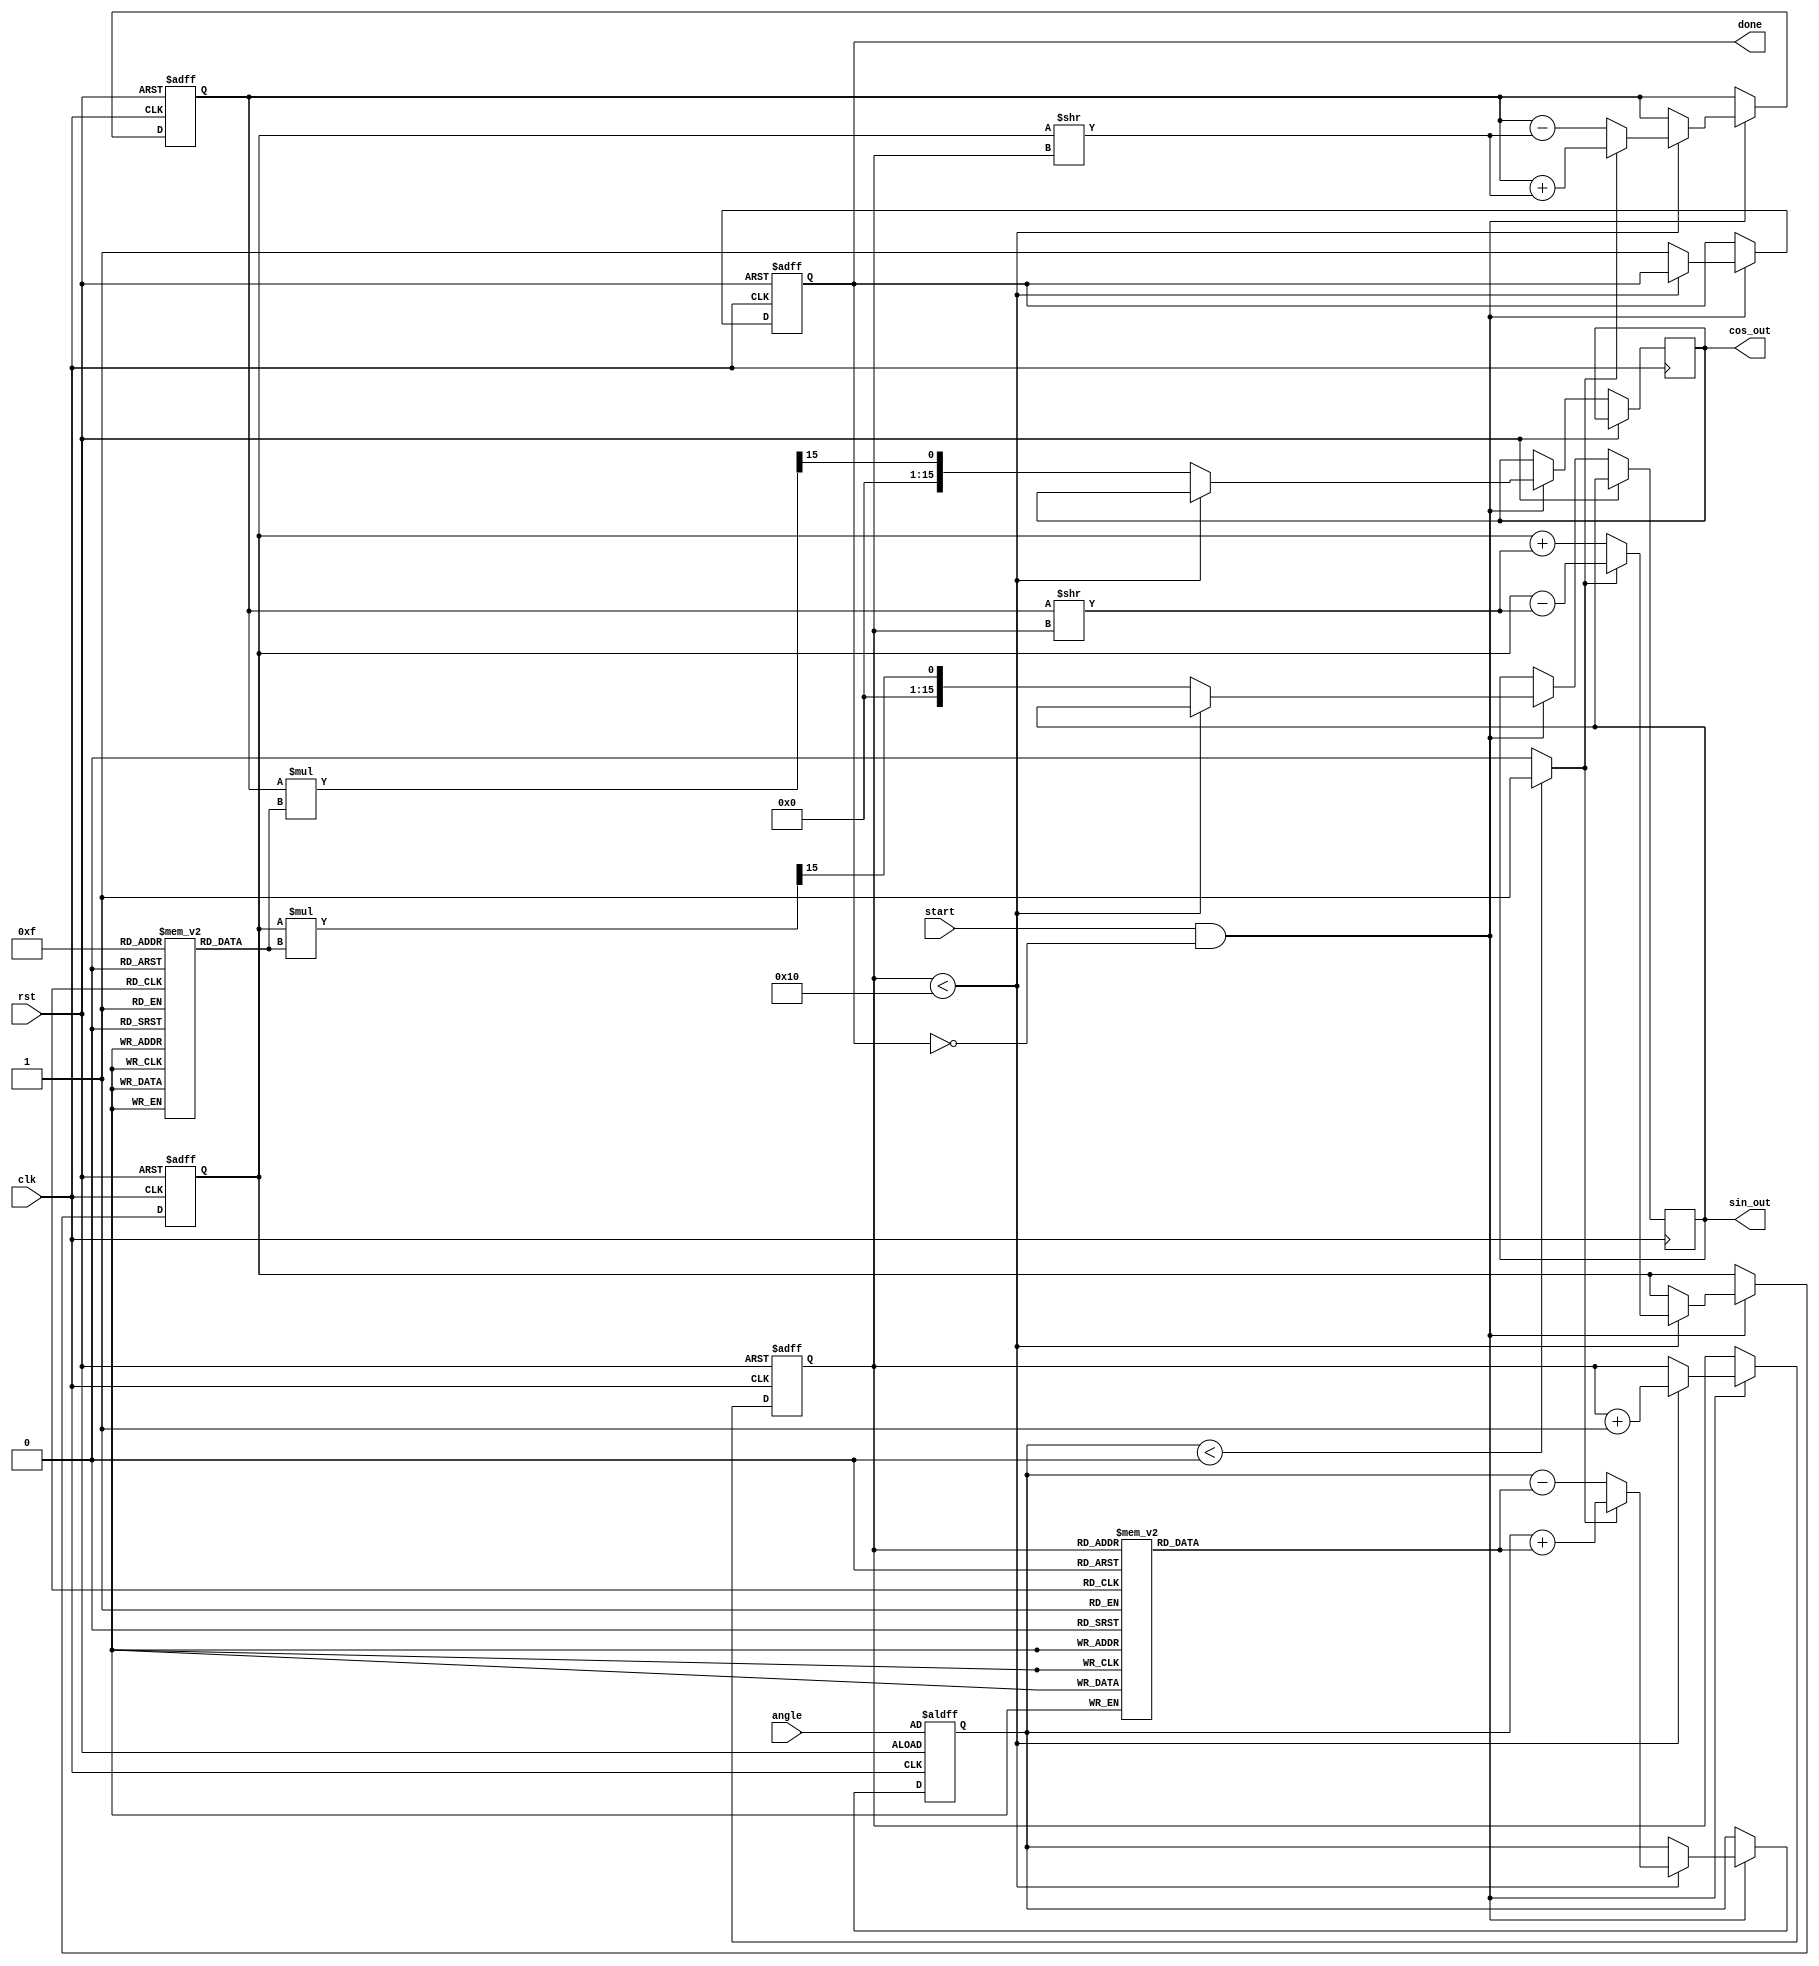
module CORDIC (
    input wire clk,
    input wire rst,
    input wire [15:0] angle, // Input angle in fixed-point format (16 bits)
    input wire start,        // Start signal for the computation
    output reg [15:0] cos_out, // Output cosine value
    output reg [15:0] sin_out, // Output sine value
    output reg done          // Done signal to indicate completion
);

    // Parameters
    parameter NUM_ITERATIONS = 16; // Number of CORDIC iterations
    parameter LUT_SIZE = 16;        // Size of the LUTs

    // Lookup tables for angles and gains
    reg [15:0] angle_lut[LUT_SIZE-1:0];
    reg [15:0] gain_lut[LUT_SIZE-1:0];

    // CORDIC internal registers
    reg [15:0] x, y, z; // x, y coordinates and the angle z
    reg [3:0] iteration; // Current iteration count
    reg direction; // Rotation direction

    // Initialize LUTs
    initial begin
        // Angle LUT (in radians, scaled)
        angle_lut[0] = 16'h2000; // atan(2^-0)
        angle_lut[1] = 16'h1000; // atan(2^-1)
        angle_lut[2] = 16'h0800; // atan(2^-2)
        angle_lut[3] = 16'h0400; // atan(2^-3)
        angle_lut[4] = 16'h0200; // atan(2^-4)
        angle_lut[5] = 16'h0100; // atan(2^-5)
        angle_lut[6] = 16'h0080; // atan(2^-6)
        angle_lut[7] = 16'h0040; // atan(2^-7)
        angle_lut[8] = 16'h0020; // atan(2^-8)
        angle_lut[9] = 16'h0010; // atan(2^-9)
        angle_lut[10] = 16'h0008; // atan(2^-10)
        angle_lut[11] = 16'h0004; // atan(2^-11)
        angle_lut[12] = 16'h0002; // atan(2^-12)
        angle_lut[13] = 16'h0001; // atan(2^-13)
        angle_lut[14] = 16'h0000; // atan(2^-14)
        angle_lut[15] = 16'h0000; // atan(2^-15)

        // Gain LUT (fixed-point scaling factors)
        gain_lut[0] = 16'h26DD; // Gain for 0 iterations
        gain_lut[1] = 16'h1C71; // Gain for 1 iteration
        gain_lut[2] = 16'h16C9; // Gain for 2 iterations
        gain_lut[3] = 16'h0D89; // Gain for 3 iterations
        gain_lut[4] = 16'h0A3D; // Gain for 4 iterations
        gain_lut[5] = 16'h051A; // Gain for 5 iterations
        gain_lut[6] = 16'h028F; // Gain for 6 iterations
        gain_lut[7] = 16'h0144; // Gain for 7 iterations
        gain_lut[8] = 16'h00A2; // Gain for 8 iterations
        gain_lut[9] = 16'h0051; // Gain for 9 iterations
        gain_lut[10] = 16'h0028; // Gain for 10 iterations
        gain_lut[11] = 16'h0014; // Gain for 11 iterations
        gain_lut[12] = 16'h000A; // Gain for 12 iterations
        gain_lut[13] = 16'h0005; // Gain for 13 iterations
        gain_lut[14] = 16'h0002; // Gain for 14 iterations
        gain_lut[15] = 16'h0001; // Gain for 15 iterations
    end

    // Control logic
    always @(posedge clk or posedge rst) begin
        if (rst) begin
            x <= 16'h26DD; // Initial x = gain for 0 iterations
            y <= 16'h0000; // Initial y = 0
            z <= angle;    // Load input angle
            iteration <= 0;
            done <= 0;
        end else if (start && !done) begin
            if (iteration < NUM_ITERATIONS) begin
                // Determine direction
                direction = (z < 0) ? 1'b1 : 1'b0;

                // CORDIC rotation
                if (direction) begin
                    x <= x + (y >> iteration);
                    y <= y - (x >> iteration);
                    z <= z + angle_lut[iteration];
                end else begin
                    x <= x - (y >> iteration);
                    y <= y + (x >> iteration);
                    z <= z - angle_lut[iteration];
                end

                iteration <= iteration + 1;
            end else begin
                // Scaling output using gain LUT
                cos_out <= (x * gain_lut[NUM_ITERATIONS - 1]) >> 15; // Scale x
                sin_out <= (y * gain_lut[NUM_ITERATIONS - 1]) >> 15; // Scale y
                done <= 1; // Mark as done
            end
        end
    end

endmodule